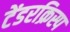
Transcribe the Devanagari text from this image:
टेंडरक्रिस्प